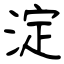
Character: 淀